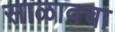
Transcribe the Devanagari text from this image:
साळावचा